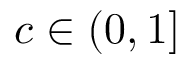
c \in ( 0 , 1 ]